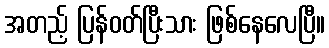
အတည့် ပြန်ဝတ်ပြီးသား ဖြစ်နေလေပြီ။